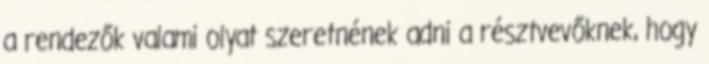
a rendezők valami olyat szeretnének adni a résztvevőknek, hogy